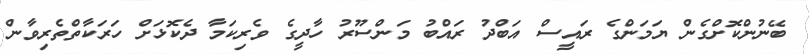
ބޭނުންކޮށްގެން ޔަމަންގެ ރައީސް އަބްދު ރައްބު މަންސޫރު ހާދީގެ ވެރިކަމާ ދެކޮޅަށް ހަރަކާތްތެރިވާން